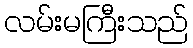
လမ်းမကြီးသည်